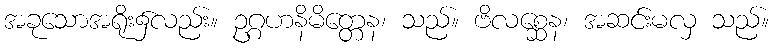
အခုသောအရိုး၌လည်း။ ဥဂ္ဂဟနိမိတ္တေန၊ သည်။ ဗိလစ္ဆေန၊ အဆင်းမလှ သည်။